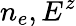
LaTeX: n_{e},E^{z}